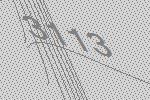
3113